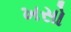
ખસો